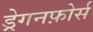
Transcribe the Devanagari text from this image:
ड्रेगनफ़ोर्स